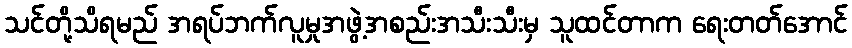
သင်တို့သိရမည် အရပ်ဘက်လူမှုအဖွဲ့အစည်းအသီးသီးမှ သူထင်တာက ရေးတတ်အောင်